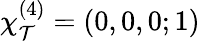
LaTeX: \chi_{\mathcal{T}}^{(4)}=(0,0,0;1)